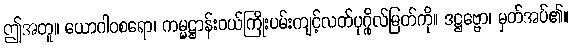
ဤအတူ။ ယောဂါဝစရော၊ ကမ္မဋ္ဌာန်းဝယ်ကြိုးပမ်းကျင့်လတ်ပုဂ္ဂိုလ်မြတ်ကို။ ဒဋ္ဌဗ္ဗော၊ မှတ်အပ်၏။